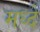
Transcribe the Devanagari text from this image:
मध्दे